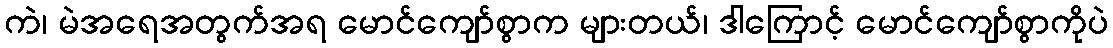
ကဲ၊ မဲအရေအတွက်အရ မောင်ကျော်စွာက များတယ်၊ ဒါကြောင့် မောင်ကျော်စွာကိုပဲ